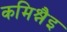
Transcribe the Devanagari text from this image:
कमिश्नैइ